Indian journal of veterinary science and animal husbandry - Volume 1,
Year: 1931
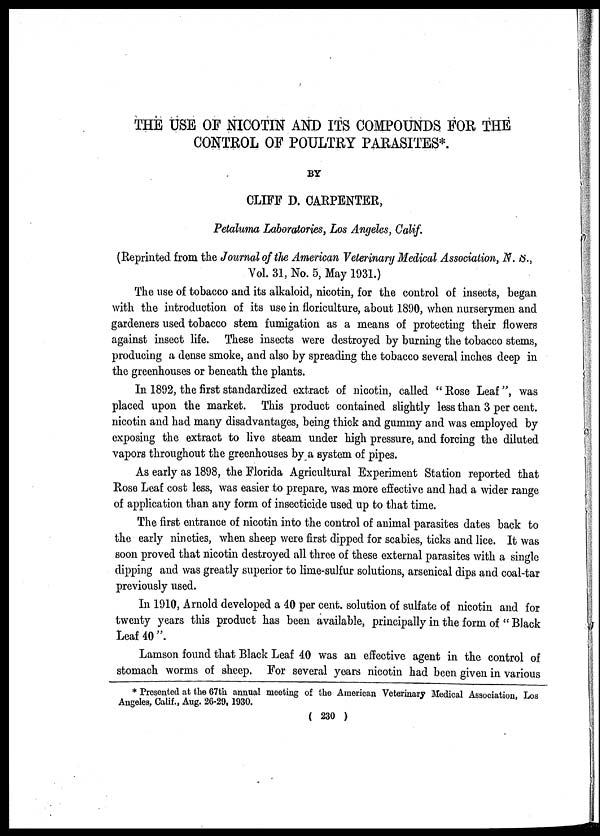
THE USE OF NICOTIN AND ITS COMPOUNDS FOR THE
CONTROL OF POULTRY PARASITES*.
BY
CLIFF D. CARPENTER,
Petaluma Laboratories, Los Angeles, Calif.
(Reprinted from the Journal of the American Veterinary Medical Association, N. S.,
Vol. 31, No. 5, May 1931.)
The use of tobacco and its alkaloid, nicotin, for the control of insects, began
with the introduction of its use in floriculture, about 1890, when nurserymen and
gardeners used tobacco stem fumigation as a means of protecting their flowers
against insect life. These insects were destroyed by burning the tobacco stems,
producing a dense smoke, and also by spreading the tobacco several inches deep in
the greenhouses or beneath the plants.
In 1892, the first standardized extract of nicotin, called " Rose Leaf ", was
placed upon the market. This product contained slightly less than 3 per cent.
nicotin and had many disadvantages, being thick and gummy and was employed by
exposing the extract to live steam under high pressure, and forcing the diluted
vapors throughout the greenhouses by a system of pipes.
As early as 1898, the Florida Agricultural Experiment Station reported that
Rose Leaf cost less, was easier to prepare, was more effective and had a wider range
of application than any form of insecticide used up to that time.
The first entrance of nicotin into the control of animal parasites dates back to
the early nineties, when sheep were first dipped for scabies, ticks and lice. It was
soon proved that nicotin destroyed all three of these external parasites with a single
dipping and was greatly superior to lime-sulfur solutions, arsenical dips and coal-tar
previously used.
In 1910, Arnold developed a 40 per cent. solution of sulfate of nicotin and for
twenty years this product has been available, principally in the form of " Black
Leaf 40".
Lamson found that Black Leaf 40 was an effective agent in the control of
stomach worms of sheep. For several years nicotin had been given in various
* Presented at the 67th annual meeting of the American Veterinary Medical Association, Los
Angeles, Calif., Aug. 26-29, 1930.
( 230 )